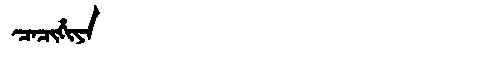
Manchu: ᠴᠠᠴᡳᡥᡳᠶᠠ
Romanization: CACIHIYA